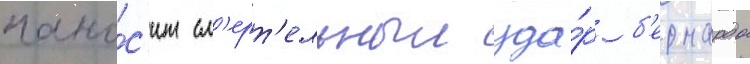
нано́с'ит см'ерт'ельныи уда́р б'ернардо